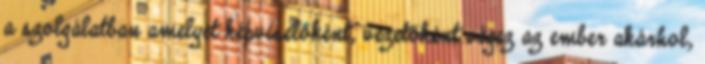
a szolgálatban amelyet képviselőként, vezetőként végez az ember akárhol,